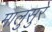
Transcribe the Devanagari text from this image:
मालुसुरे